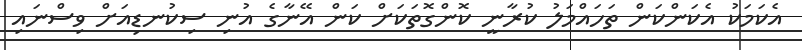
އެކަމަކު އެކަންކަން ތަހައްމަލު ކުރާނީ ކޮންގޮތަކަށް ކަން އޭނާގެ އުނި ސިކުނޑިއަށް ވިސްނައި